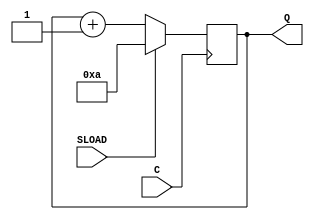
`timescale 1ns / 1ps

module unsigned_Up_syncLoad_counter(
    input C,
    input SLOAD,
    output [3:0] Q
    );
	 reg [3:0] temp;
	 
	 always @ (posedge C) begin
		if (SLOAD)
			temp <= 4'b1010;
		else
			temp <= temp + 1'b1;
	 end
	 assign Q = temp;
	 
endmodule